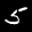
Label: 5